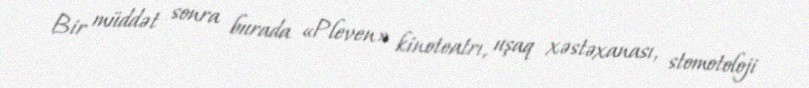
Bir müddət sonra burada «Pleven» kinoteatrı, uşaq xəstəxanası, stomotoloji